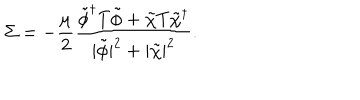
LaTeX: \Sigma = - { \frac { \mu } { 2 } } { \frac { \tilde { \phi } ^ { \dagger } T \tilde { \phi } + \tilde { \chi } T \tilde { \chi } ^ { \dagger } } { | \tilde { \phi } | ^ { 2 } + | \tilde { \chi } | ^ { 2 } } } .